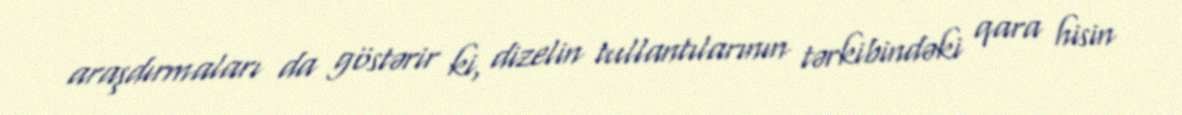
araşdırmaları da göstərir ki, dizelin tullantılarının tərkibindəki qara hisin